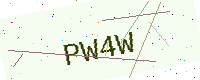
Text: PW4W